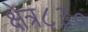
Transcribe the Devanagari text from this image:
क्षेत्र८३०